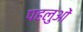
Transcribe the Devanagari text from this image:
पहलुआें